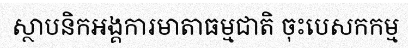
ស្ថាបនិកអង្គការមាតាធម្មជាតិ ចុះបេសកកម្ម